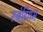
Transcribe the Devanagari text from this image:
रूबेडियम